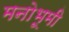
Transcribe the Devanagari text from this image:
मनोभूमी